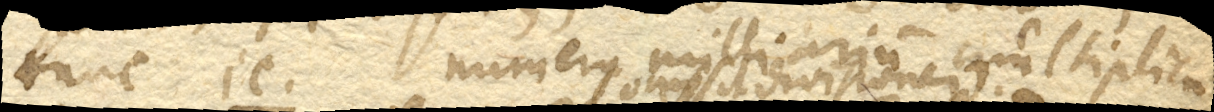
tunc ic. numerus milliarium multiplica–